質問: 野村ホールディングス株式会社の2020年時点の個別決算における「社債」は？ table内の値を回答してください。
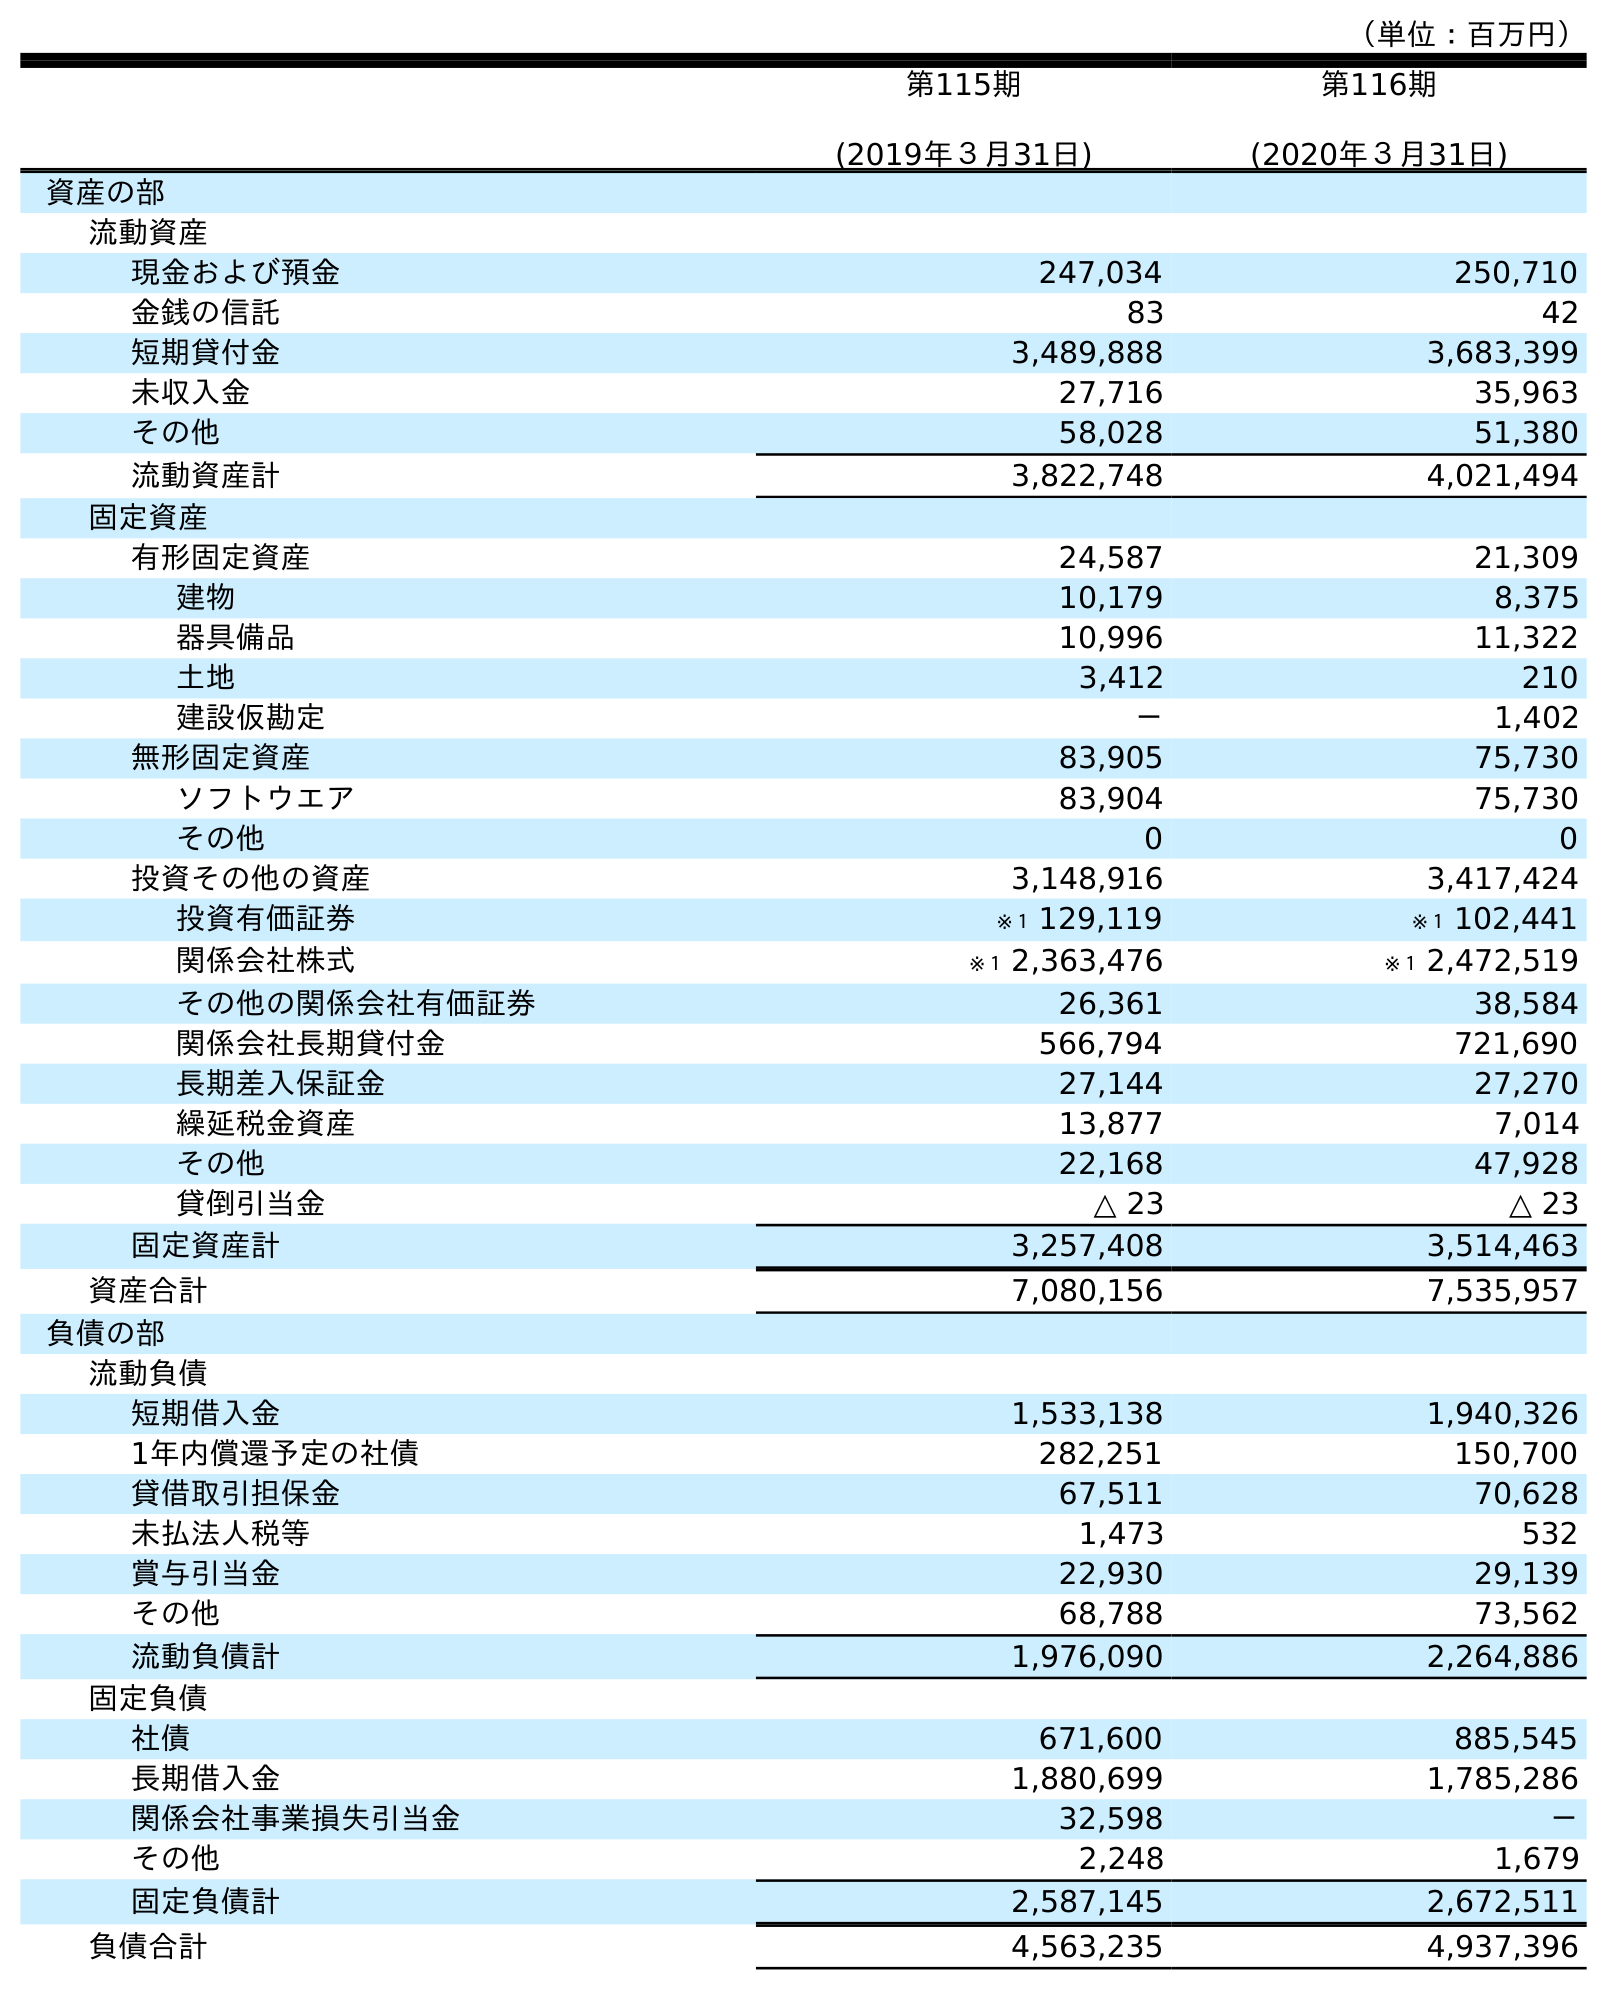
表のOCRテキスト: （単位：百万円） 第115期 (2019年３月31日) 第116期 (2020年３月31日) 資産の部 流動資産 現金および預金 247,034 250,710 金銭の信託 83 42 短期貸付金 3,489,888 3,683,399 未収入金 27,716 35,963 その他 58,028 51,380 流動資産計 3,822,748 4,021,494 固定資産 有形固定資産 24,587 21,309 建物 10,179 8,375 器具備品 10,996 11,322 土地 3,412 210 建設仮勘定 － 1,402 無形固定資産 83,905 75,730 ソフトウエア 83,904 75,730 その他 0 0 投資その他の資産 3,148,916 3,417,424 投資有価証券 ※１ 129,119 ※１ 102,441 関係会社株式 ※１ 2,363,476 ※１ 2,472,519 その他の関係会社有価証券 26,361 38,584 関係会社長期貸付金 566,794 721,690 長期差入保証金 27,144 27,270 繰延税金資産 13,877 7,014 その他 22,168 47,928 貸倒引当金 △ 23 △ 23 固定資産計 3,257,408 3,514,463 資産合計 7,080,156 7,535,957 負債の部 流動負債 短期借入金 1,533,138 1,940,326 1年内償還予定の社債 282,251 150,700 貸借取引担保金 67,511 70,628 未払法人税等 1,473 532 賞与引当金 22,930 29,139 その他 68,788 73,562 流動負債計 1,976,090 2,264,886 固定負債 社債 671,600 885,545 長期借入金 1,880,699 1,785,286 関係会社事業損失引当金 32,598 － その他 2,248 1,679 固定負債計 2,587,145 2,672,511 負債合計 4,563,235 4,937,396
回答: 885,545